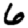
Digit: 6